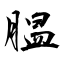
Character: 腽